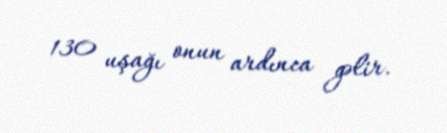
130 uşağı onun ardınca gəlir.